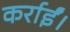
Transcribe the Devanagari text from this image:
कर्राईं।